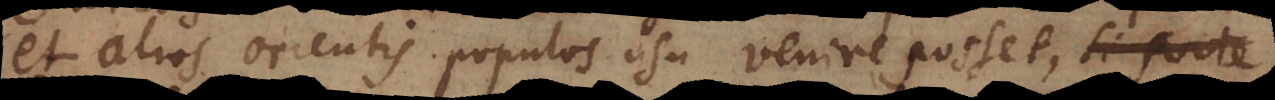
et alios orientis populos usu venire posset, Deo